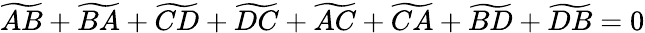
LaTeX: \widetilde{AB}+\widetilde{BA}+\widetilde{CD}+\widetilde{DC}+\widetilde{AC}+\widetilde{CA}+\widetilde{BD}+\widetilde{DB}=0